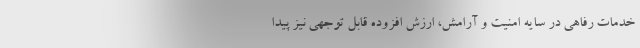
خدمات رفاهی در سایه امنیت و آرامش، ارزش افزوده قابل توجهی نیز پیدا